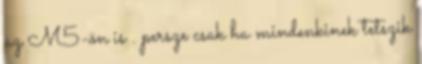
az M5-ön is . persze csak ha mindenkinek tetszik